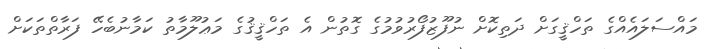
މައްސަލައެއްގެ ތަހްޤީގަށް ދަތިކޮށް ނުފޫޒުފޯރުވުމުގެ ގޮތުން އެ ތަހްޤީޤުގެ މަޢުލޫމާތު ކަމާނުބެހޭ ފަރާތްތަކަށް